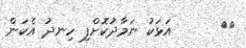
١١      އަޅަކު ނަމާދުކޮށްފި ހިނދު އެކަން